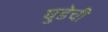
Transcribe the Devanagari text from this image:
घुडेची